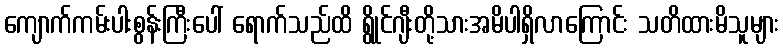
ကျောက်ကမ်းပါးစွန်းကြီးပေါ် ရောက်သည်ထိ ရွိုင်ဂျီးတို့သားအမိပါရှိလာကြောင်း သတိထားမိသူများ